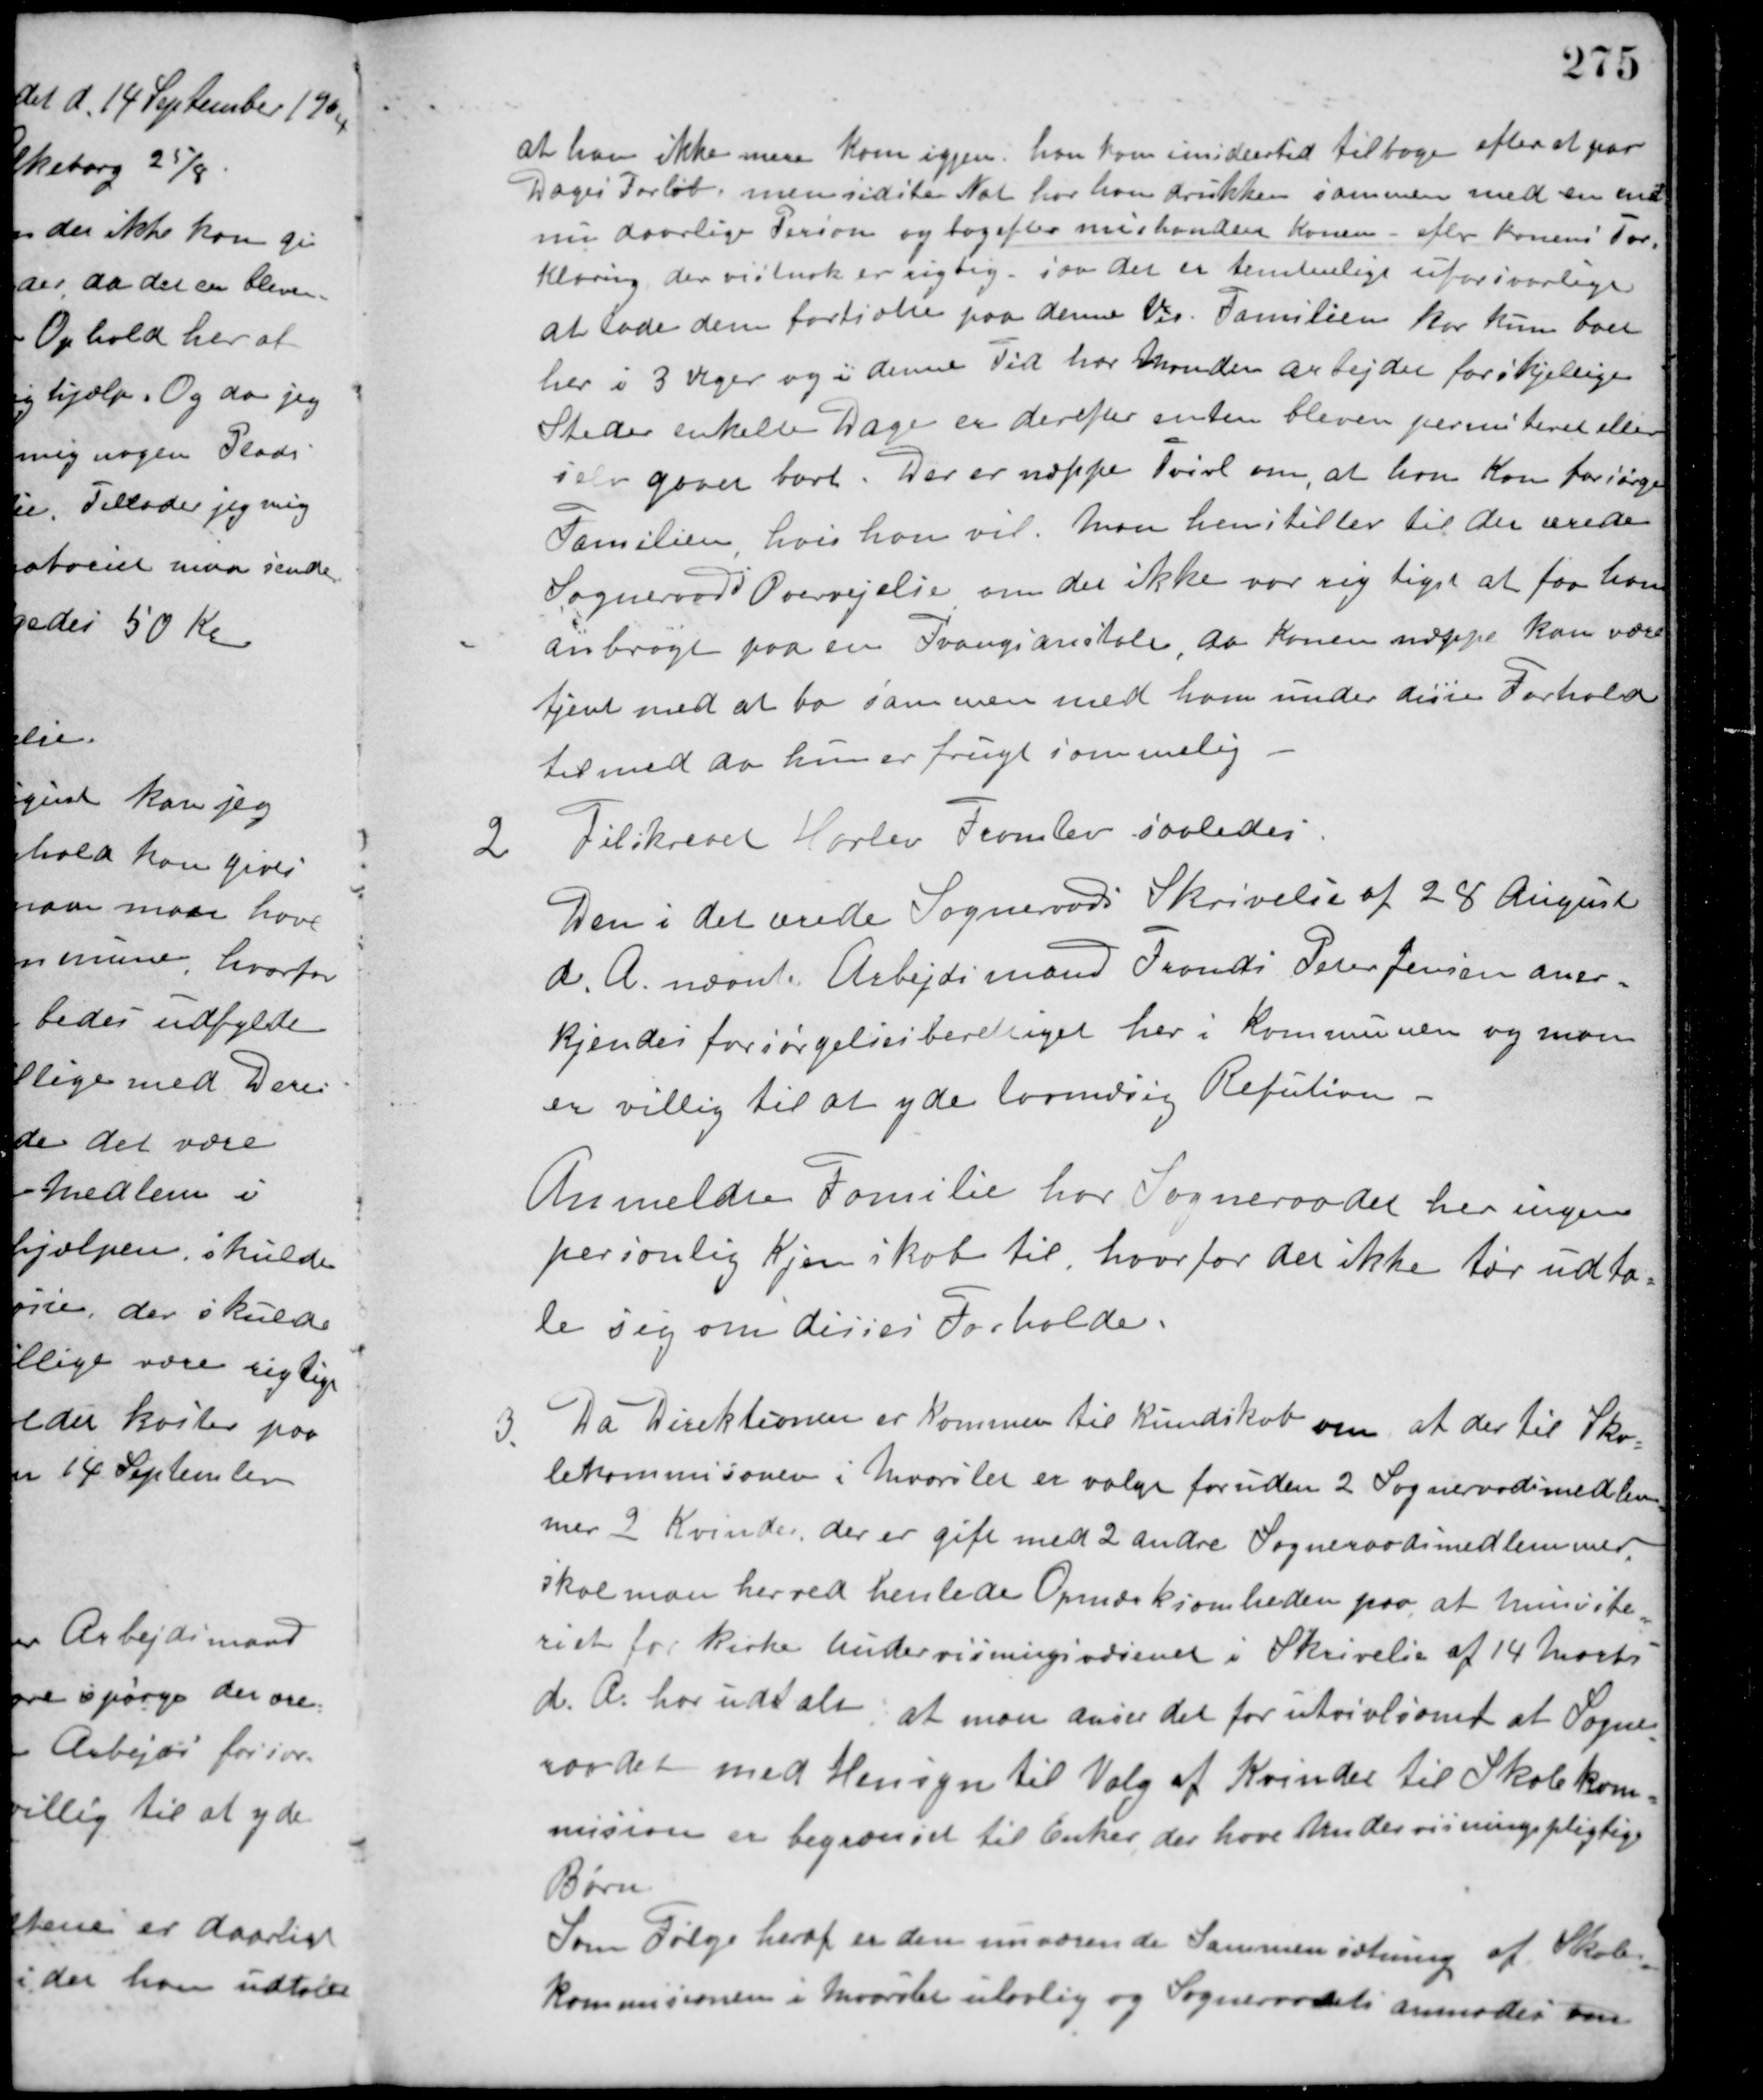
Transskription:
at han ikke mere kom igjen han kom imidlertid tilbage efter et par
Dages Forløb, men sidste Nat har han drukken sammen med en end-
nu daarlige Person og bagefter mishandlet Konen - efter konens For-
klaring der vistnok er rigtig, som det er temmeligt uforsvarligt
at lade dem fortsætte paa denne Vej. Familien har kun boet
her i 3 Uger og i denne Tid har Manden arbejdet forskjellige
Steder enkelte Dage er derefter enten bleven permiteret eller
selv gaaet bort. Der er næppe Tvivl om, at han kan forsørge
Familien, hvis han vil. Man henstiller til det ærede
Sogneraads Overvejelse om det ikke var rigtigst at faa ham
anbragt paa en Tvangsanstalt, da konen næppe kan være
tjent med at bo sammen med ham under disse Forhold
til med da hun er frugtsommelig.
2 Tilskrevet Harlev Framslev saaledes
Den i det ærede Sogneraads Skrivelse af 28 August
d. A. nævnte Arbejdsmand Frands Peter Jensen aner-
kjendes forsørgelsesberettiget her i Kommunen og man
er villig til at yde lovmæssig Refution.
Anmeldte Familie har Sogneraadet her ingen
personlig Kjenskab til, hvorfor det ikke tør udta-
le sig om disses Forholde.
3. Da Direktionen er kommen til kundskab om, at der til Sko-
lekommissionen i Maarslet er valgt foruden 2 Sogneraadsmedlem-
mer 2 Kvinder, der er gift med 2 andre Sogneraadsmedlemmer,
skal man herved henlede Opmærksomheden paa, at Ministe-
riet for kirke Undervisningsvæsenet i Skrivelse af 14 Marts
d. A. har udtalt at man anser det for utvivlsomt at Sogne-
raadet med Hensyn til Valg af Kvinder til Skolekom-
mission er begrænset til Enker der have Undervisningspligtige
Børn.
Som Følge heraf er den nuværende Sammensætning af Skole-
kommissionen i Maarslet ulovlig og Sogneraadet anmodes om